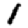
Digit: 1